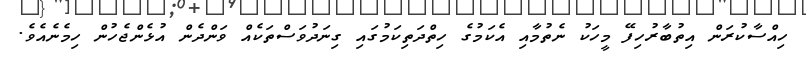
ހިއްސާކުރަން އިތުބާރުހިފޭ މީހަކު ނެތުމާއި އެކަމުގެ ހިތްދަތިކަމުގައި ގިނަދުވަސްތަކެއް ވަންދެން އުޅެންޖެހުން ހިމެނެއެވެ.